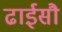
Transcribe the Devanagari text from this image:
ढाईसौ